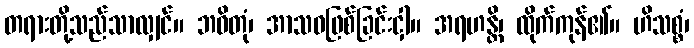
တရားတို့သည်သာလျှင်။ ဘဝိတုံ၊ အာသဝဖြစ်ခြင်းငှါ။ အရဟန္တိ၊ ထိုက်ကုန်၏။ ဟိသစ္စံ၊